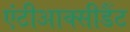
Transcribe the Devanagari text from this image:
एंटीआक्सीडैंट